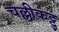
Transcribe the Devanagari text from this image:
चल्लीकट्टु